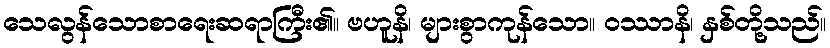
သေလွန်သောစာရေးဆရာကြီး၏။ ဗဟူနိ၊ များစွာကုန်သော။ ဝဿာနိ၊ နှစ်တို့သည်။